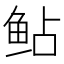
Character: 鲇